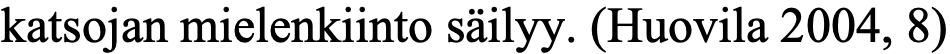
katsojan mielenkiinto säilyy. (Huovila 2004, 8)